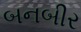
બનબીર